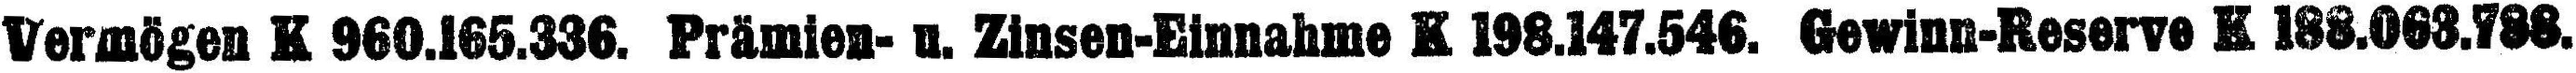
Vermögen K 960.165.336. Prämien- u. Zinsen-Einnahme K 198.147.546. Gewinn-Reserve K 188.063.788.